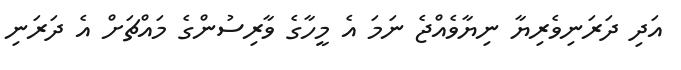
އަދި ދަރަނިވެރިޔާ ނިޔާވެއްޖެ ނަމަ އެ މީހާގެ ވާރިސުންގެ މައްޗަށް އެ ދަރަނި